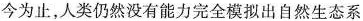
今为止，人类仍然没有能力完全模拟出自然生态系